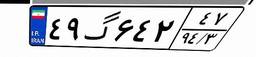
۴۹گ۶۴۲۴۷